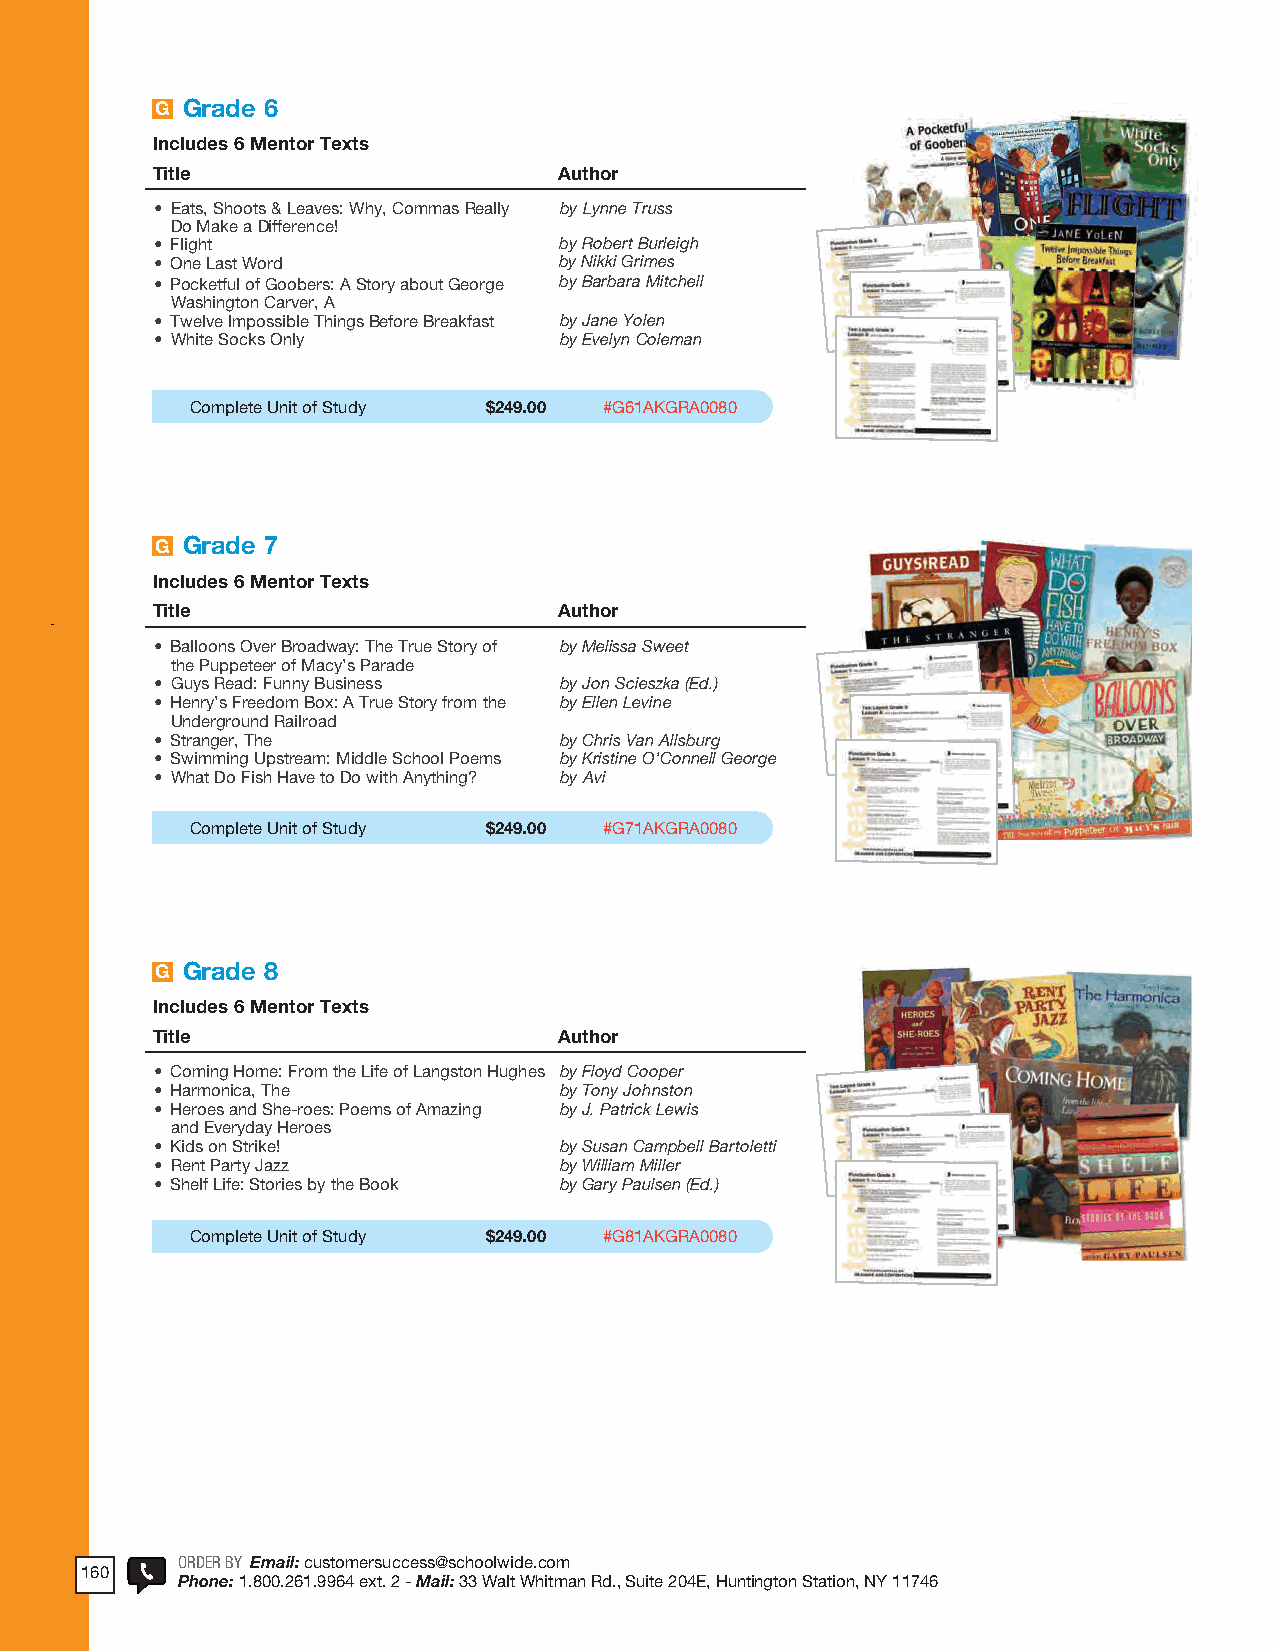
2018 ProdSamp_Layout 1 7/28/17 12:15 PM Page 359
 GRAMMAR &
 CONVENTIONS
 G Grade 6
 Includes 6 Mentor Texts
 Title                      Author
 • Eats, Shoots & Leaves: Why, Commas Really by Lynne Truss
 Do Make a Difference!
 • Flight                   by Robert Burleigh
 • One Last Word            by Nikki Grimes
 • Pocketful of Goobers: A Story about George by Barbara Mitchell
 Washington Carver, A
 • Twelve Impossible Things Before Breakfast by Jane Yolen
 • White Socks Only         by Evelyn Coleman
 Complete Unit of Study $249.00 #G61AKGRA0080
 G Grade 7
 Includes 6 Mentor Texts
 Title                      Author
 • Balloons Over Broadway: The True Story of by Melissa Sweet
 the Puppeteer of Macy’s Parade
 • Guys Read: Funny Business by Jon Scieszka (Ed.)
 • Henry’s Freedom Box: A True Story from the by Ellen Levine
 Underground Railroad
 • Stranger, The            by Chris Van Allsburg
 • Swimming Upstream: Middle School Poems by Kristine O’Connell George
 • What Do Fish Have to Do with Anything? by Avi
 Complete Unit of Study $249.00 #G71AKGRA0080
 G Grade 8
 Includes 6 Mentor Texts
 Title                      Author
 • Coming Home: From the Life of Langston Hughes by Floyd Cooper
 • Harmonica, The           by Tony Johnston
 • Heroes and She-roes: Poems of Amazing by J. Patrick Lewis
 and Everyday Heroes
 • Kids on Strike!          by Susan Campbell Bartoletti
 • Rent Party Jazz          by William Miller
 • Shelf Life: Stories by the Book by Gary Paulsen (Ed.)
 Complete Unit of Study $249.00 #G81AKGRA0080
 VISIT US ONLINE www.schoolwide.com 257
 ORDER BY Email: customersuccess@schoolwide .com
 160
 Phone: 1 .800 .261 .9964 ext . 2 - Mail: 33 Walt Whitman Rd ., Suite 204E, Huntington Station, NY 11746